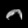
Digit: ၁